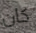
كان